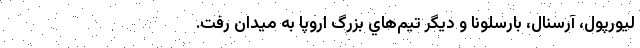
ليورپول، آرسنال، بارسلونا و ديگر تيم‌هاي بزرگ اروپا به ميدان رفت.